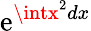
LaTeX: \mathrm{e}^{\intx^{2}dx}